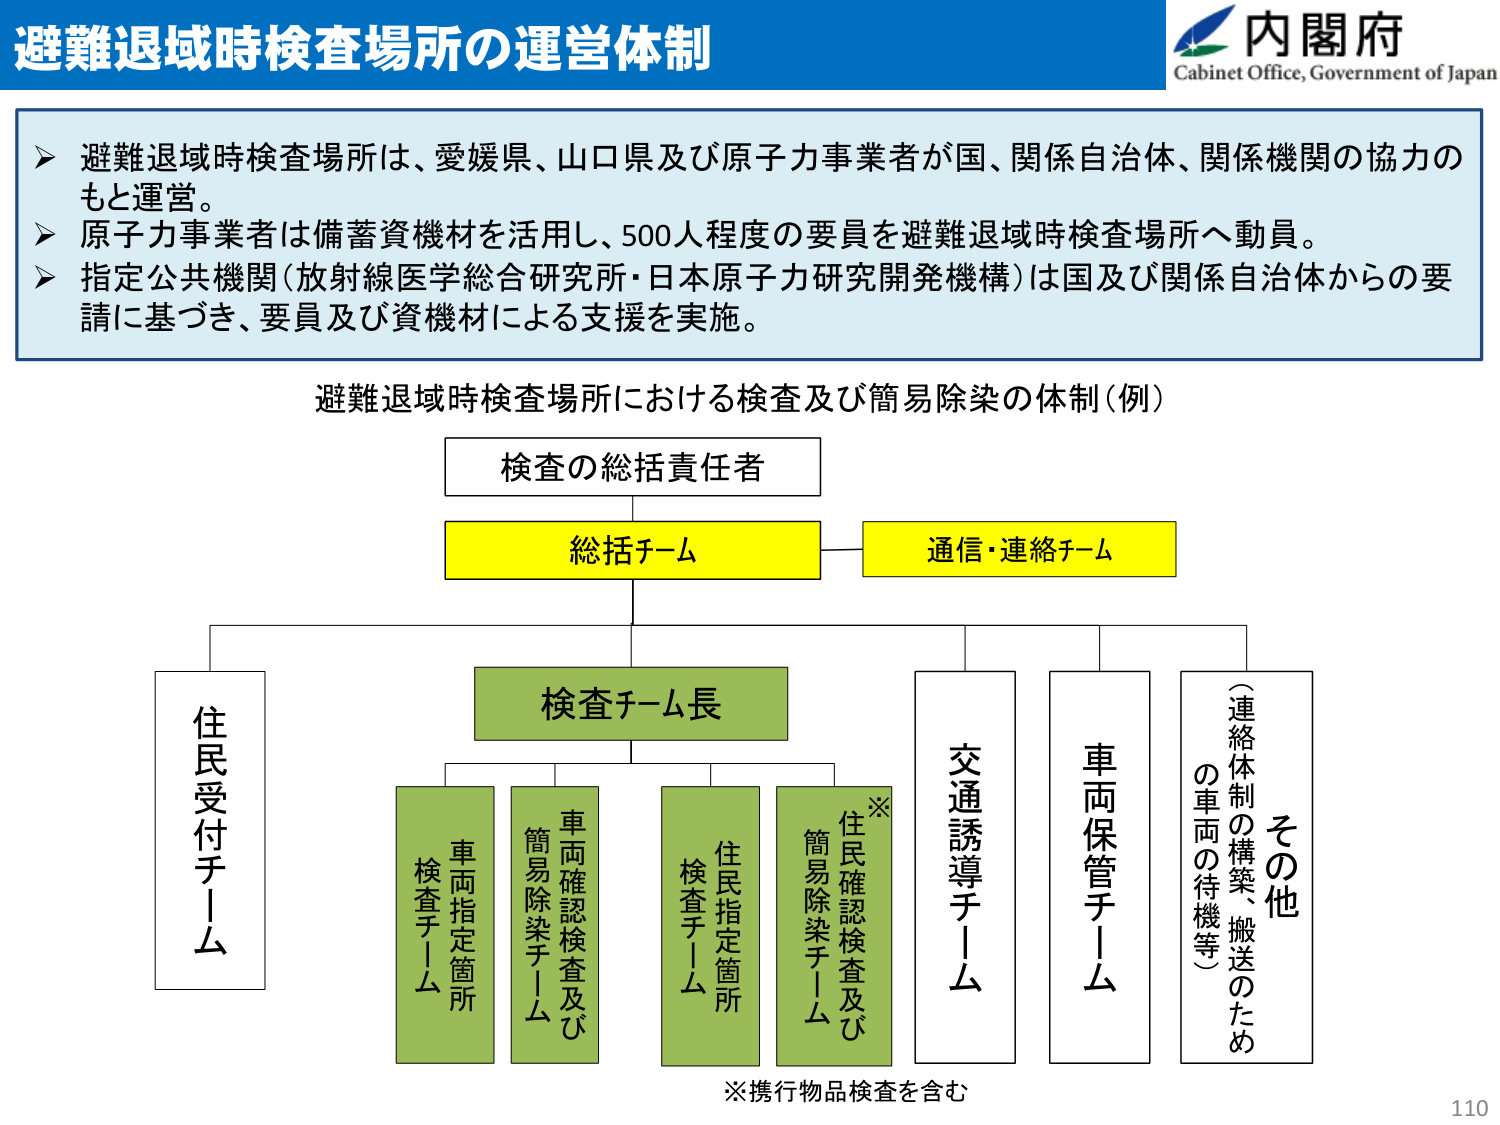
避難退域時検査場所の運営体制

内閣府
Cabinet Office, Government of Japan

➤ 避難退域時検査場所は、愛媛県、山口県及び原子力事業者が国、関係自治体、関係機関の協力のもと運営。
➤ 原子力事業者は備蓄資機材を活用し、500人程度の要員を避難退域時検査場所へ動員。
➤ 指定公共機関（放射線医学総合研究所・日本原子力研究開発機構）は国及び関係自治体からの要請に基づき、要員及び資機材による支援を実施。

避難退域時検査場所における検査及び簡易除染の体制（例）

検査の総括責任者

総括チーム
通信・連絡チーム

住民受付チーム

検査チーム長

車両指定箇所
検査チーム

車両確認検査及び
簡易除染チーム

住民指定箇所
検査チーム

※
住民確認検査及び
簡易除染チーム

交通誘導チーム

車両保管チーム

その他
（連絡体制の構築、搬送のため
の車両の待機等）

※携行物品検査を含む

110